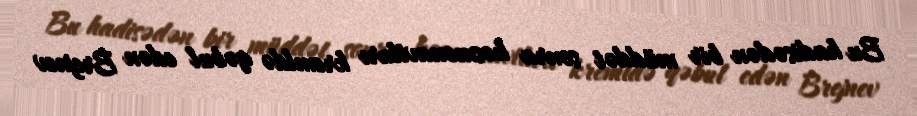
Bu hadisədən bir müddət sonra kosmonavtları kremldə qəbul edən Brejnev